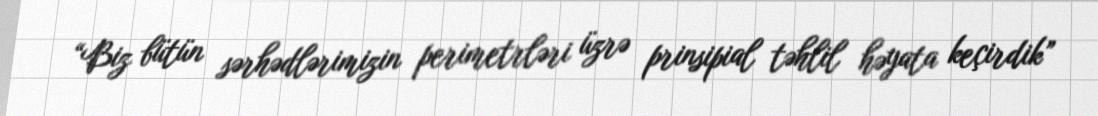
“Biz bütün sərhədlərimizin perimetrləri üzrə prinsipial təhlil həyata keçirdik”